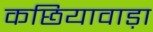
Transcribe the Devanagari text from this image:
कछियावाड़ा